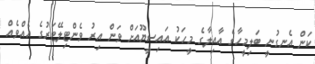
ކަން އެނގުނީ ބަލިމީހާގެ އާއިލާގެ މީހަކު އައިސީޔޫއަށް ވަން އިރު ވެންޓިލޭޓަރުގެ އެއްވެއް